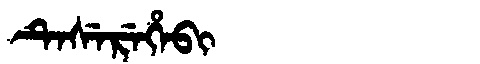
Manchu: ᡨᡝᠰᡝᡵᡝᡥᡝᠪᡳ
Romanization: TESEREHEBI